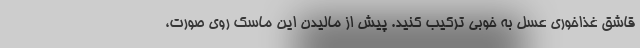
قاشق غذاخوری عسل به خوبی ترکیب کنید. پیش از مالیدن این ماسک روی صورت،